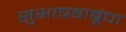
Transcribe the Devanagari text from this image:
सुभाषबाबूंचा